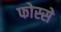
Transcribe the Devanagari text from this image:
फोस्से